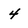
Character: 4